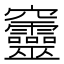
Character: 𥩔